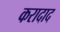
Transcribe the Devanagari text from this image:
करादाद